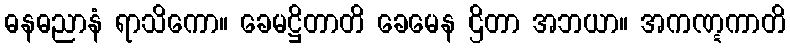
ဓနဓညာနံ ရာသိကော။ ခေမဋ္ဌိတာတိ ခေမေန ဌိတာ အဘယာ။ အကဏ္ဋကာတိ